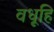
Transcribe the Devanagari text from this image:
वधूहि